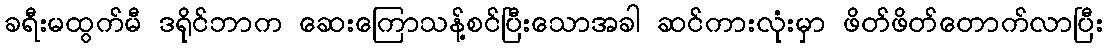
ခရီးမထွက်မီ ဒရိုင်ဘာက ဆေးကြောသန့်စင်ပြီးသောအခါ ဆင်ကားလုံးမှာ ဖိတ်ဖိတ်တောက်လာပြီး